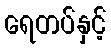
ရေတပ်နှင့်